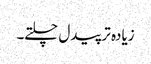
زیادہ تر پیدل چلتے۔